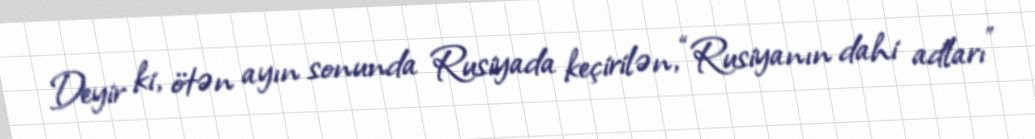
Deyir ki, ötən ayın sonunda Rusiyada keçirilən, “Rusiyanın dahi adları”